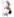
3